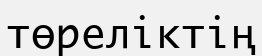
төреліктің